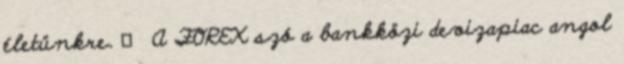
életünkre.  A FOREX szó a bankközi devizapiac angol